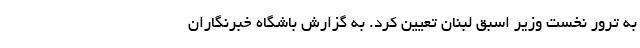
به ترور نخست وزیر اسبق لبنان تعیین کرد. به گزارش باشگاه خبرنگاران